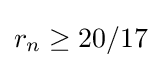
r_{n}\geq 20/17